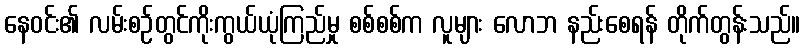
နေဝင်း၏ လမ်းစဉ်တွင်ကိုးကွယ်ယုံကြည်မှု စစ်စစ်က လူများ လောဘ နည်းစေရန် တိုက်တွန်းသည်။